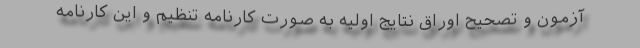
آزمون و تصحیح اوراق نتایج اولیه به صورت کارنامه تنظیم و این کارنامه